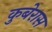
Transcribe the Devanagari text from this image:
कुबेरास